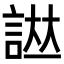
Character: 𧨌